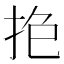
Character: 𢫎